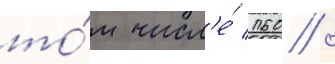
то́м числ'е́ 160 /